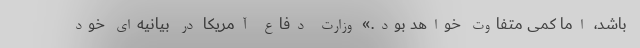
باشد، اما کمی متفاوت خواهد بود.» وزارت دفاع آمریکا در بیانیه‌ای خود